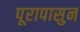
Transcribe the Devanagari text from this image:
पूरापासुन